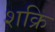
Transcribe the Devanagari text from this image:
शक्रि